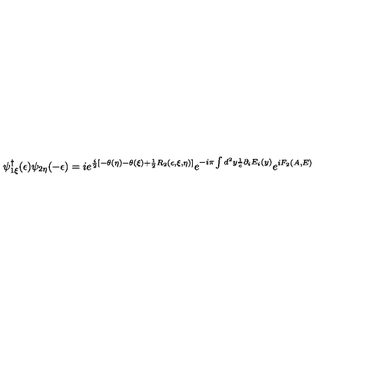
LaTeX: \psi _ { 1 \xi } ^ { \dagger } ( \epsilon ) \psi _ { 2 \eta } ( - \epsilon ) = i e ^ { \frac { i } { 2 } [ - \theta ( \eta ) - \theta ( \xi ) + \frac { 1 } { 2 } R _ { 2 } ( \epsilon , \xi , \eta ) ] } e ^ { - i \pi \int d ^ { 2 } y \frac { 1 } { e } \partial _ { i } E _ { i } ( y ) } e ^ { i F _ { 2 } ( A , E ) }